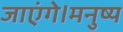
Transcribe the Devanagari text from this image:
जाएंगे।मनुष्य